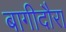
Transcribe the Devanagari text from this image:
बागीदौरा